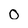
Character: o